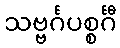
သဗ္ဗင်္ဂပစ္စင်္ဂီ